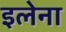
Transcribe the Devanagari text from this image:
इलेना